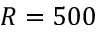
R = 5 0 0